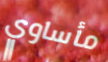
مأساوي